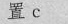
置c